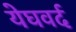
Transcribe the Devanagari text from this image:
येघवर्द